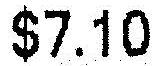
$7.10